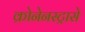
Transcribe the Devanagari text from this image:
क्रोनेनस्ट्रासे